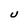
Character: U